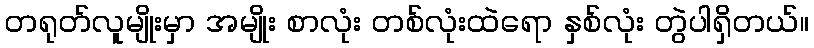
တရုတ်လူမျိုးမှာ အမျိုး စာလုံး တစ်လုံးထဲရော နှစ်လုံး တွဲပါရှိတယ်။